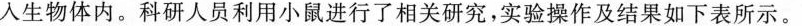
人生物体内。科研人员利用小鼠进行了相关研究，实验操作及结果如下表所示。